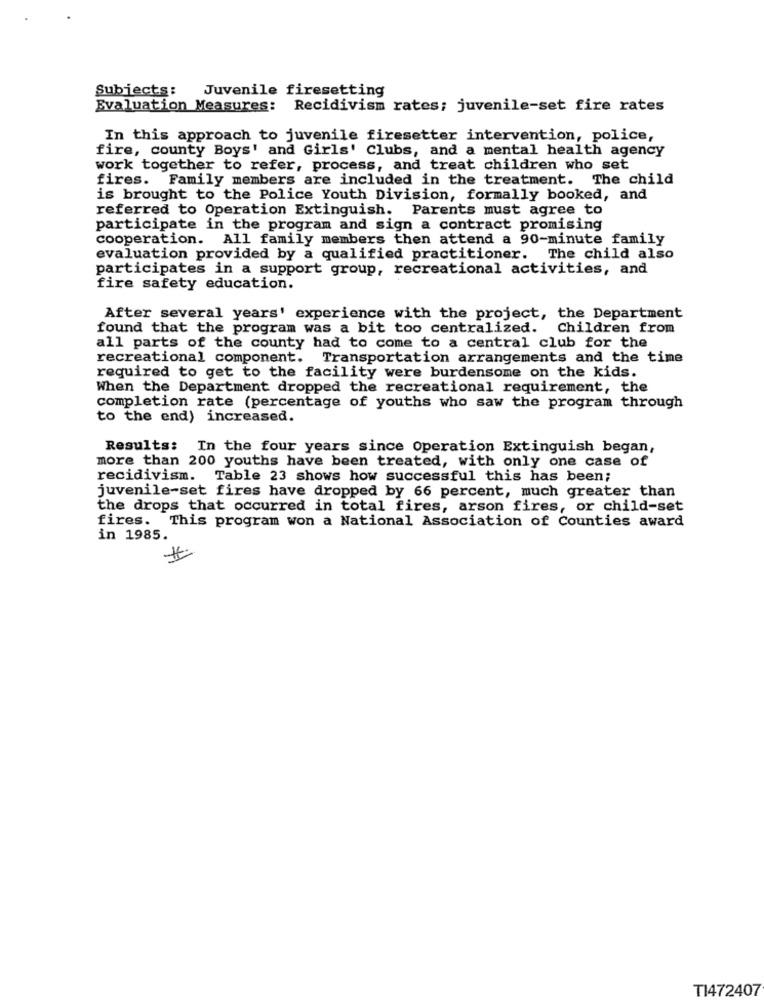
Subjects:
Juvenile firesetting
Evaluation Measures: Recidivism rates; juvenile-set fire rates
In this approach to juvenile firesetter intervention, police,
fire, county Boys' and Girls' Clubs, and a mental health agency
work together to refer, process, and treat children who set
fires. Family members are included in the treatment. The child
is brought to the Police Youth Division, formally booked, and
referred to Operation Extinguish. Parents must agree to
participate in the program and sign a contract promising
cooperation. All family members then attend a 90-minute family
evaluation provided by a qualified practitioner. The child also
participates in a support group, recreational activities, and
fire safety education.
After several years' experience with the project, the Department
found that the program was a bit too centralized. Children from
all parts of the county had to come to a central club for the
recreational component. Transportation arrangements and the time
required to get to the facility were burdensome on the kids.
When the Department dropped the recreational requirement, the
completion rate (percentage of youths who saw the program through
to the end) increased.
Results: In the four years since operation Extinguish began,
more than 200 youths have been treated, with only one case of
recidivism. Table 23 shows how successful this has been;
juvenile-set fires have dropped by 66 percent, much greater than
the drops that occurred in total fires, arson fires, or child-set
fires. This program won a National Association of Counties award
in 1985.
TI472407